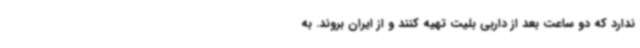
ندارد که دو ساعت بعد از داربی بلیت تهیه کنند و از ایران بروند. به